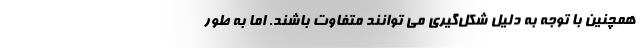
همچنین با توجه به دلیل شکل‌گیری می توانند متفاوت باشند. اما به طور